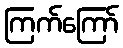
ကြက်ကြော်